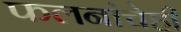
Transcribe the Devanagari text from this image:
फलनांचेही